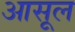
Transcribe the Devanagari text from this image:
आसूल